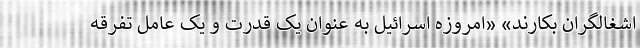
اشغالگران بکارند» «امروزه اسرائیل به عنوان یک قدرت و یک عامل تفرقه